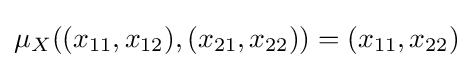
\mu _{X}((x_{11},x_{12}),(x_{21},x_{22}))=(x_{11},x_{22})